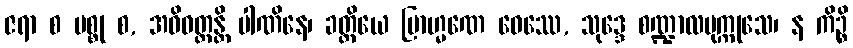
ဇရာ စ မစ္စု စ, အဓိဝတ္တန္တိ ပါဏိနေ၊ ခတ္တိယေ ဗြာဟ္မဏေ ဝေဿေ, သုဒ္ဒေ စဏ္ဍာလပုက္ကုသေ၊ န ကိဉ္စိ